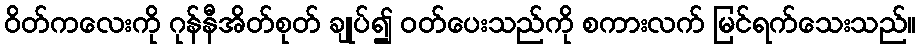
ဝိတ်ကလေးကို ဂုန်နီအိတ်စုတ် ချုပ်၍ ဝတ်ပေးသည်ကို စကားလက် မြင်ရက်သေးသည်။